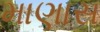
માણાસ